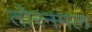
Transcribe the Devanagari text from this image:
तोरनमल